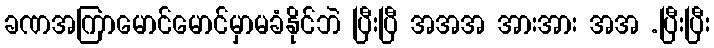
ခဏအကြာမောင်မောင်မှာမခံနိုင်ဘဲ ပြီးပြီ အအအ အားအား အအ .ပြီးပြီး